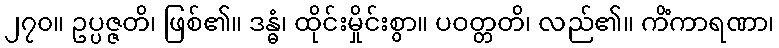
၂၇၀။ ဥပ္ပဇ္ဇတိ၊ ဖြစ်၏။ ဒန္ဓံ၊ ထိုင်းမှိုင်းစွာ။ ပဝတ္တတိ၊ လည်၏။ ကိံကာရဏာ၊